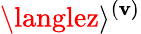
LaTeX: \langlez\rangle^{(\mathbf{v})}